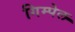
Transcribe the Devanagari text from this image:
गिम्पेल